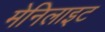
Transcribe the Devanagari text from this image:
मेनिलाइट